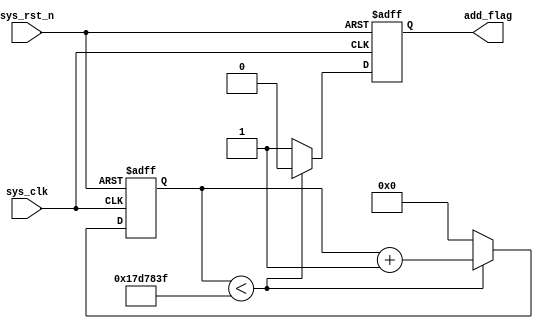
`timescale 1ns / 1ps
//////////////////////////////////////////////////////////////////////////////////
// 
// Module Name: time_cnt 
// Description: the timer is 0.5s
// 
//////////////////////////////////////////////////////////////////////////////////


module time_cnt(
    input           sys_clk,
    input           sys_rst_n,
    
    output reg      add_flag    
);

parameter MAX_CNT = 25'd2500_0000;

reg[24:0]   cnt;

always @(posedge sys_clk or negedge sys_rst_n) begin
    if(!sys_rst_n) begin
        cnt <= 25'd0;
        add_flag <= 1'b0;
    end
    else begin
        if(cnt < MAX_CNT - 1'b1) begin
            add_flag <= 1'b0;
            cnt <= cnt + 1'b1;
        end
        else begin
            add_flag <=1'b1;
            cnt <= 25'd0;
        end
    end

end

endmodule